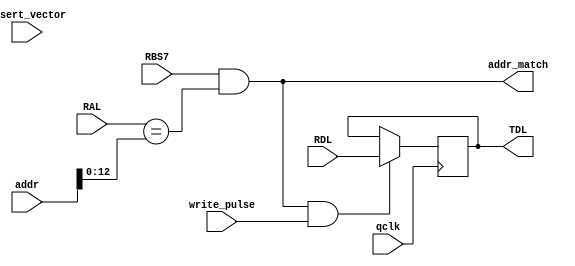
//	-*- mode: Verilog; fill-column: 96 -*-
//
// A simple switch register for testing
//
// Copyright 2016 Noel Chiappa and David Bridgham

`timescale 1 ns / 1 ns

module switch_register
  (
   input 	 qclk, // 20MHz
   // the bus
   input [12:0]  RAL, // latched address
   input 	 RBS7,
   input [15:0]  RDL, // data lines
   output [15:0] TDL, 
   // control lines
   input [17:0]  addr, // default should be 777570
   output 	 addr_match,
   input 	 assert_vector,
   input 	 write_pulse
   );

   //
   // QBUS Interface
   //

   reg [15:0] 	switch_register = 16'o0777;


   assign addr_match = ((RBS7 == 1) &&		    // I/O page
			(RAL[12:0] == addr[12:0])); // my address

   assign TDL = switch_register;

   // write register
   always @(posedge qclk) begin
      // write data to register
      if (addr_match && write_pulse) begin
	 switch_register <= RDL;
      end
   end

endmodule // rkv11